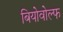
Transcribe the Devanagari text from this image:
बियोवोल्फ